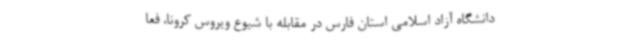
دانشگاه آزاد اسلامی استان فارس در مقابله با شیوع ویروس کرونا، فعا